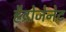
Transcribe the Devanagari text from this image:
हैद्रोजेनेट